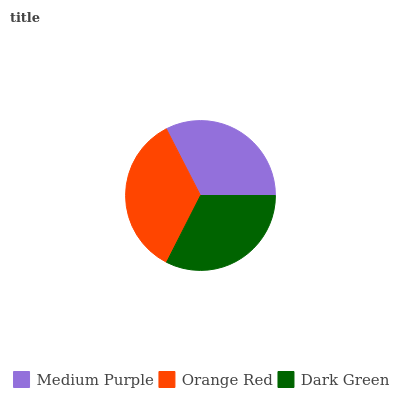
| Medium Purple | Orange Red | Dark Green |
 | --- | --- | --- |
 | 32.5% | 35% | 32.5% |